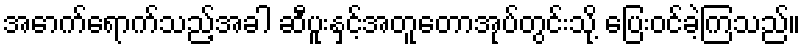
အောက်ရောက်သည့်အခါ ဆီပူးနှင့်အတူတောအုပ်တွင်းသို့ ပြေးဝင်ခဲ့ကြသည်။